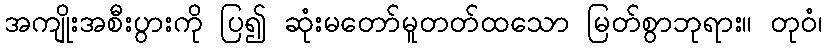
အကျိုးအစီးပွားကို ပြ၍ ဆုံးမတော်မူတတ်ထသော မြတ်စွာဘုရား။ တုဝံ၊